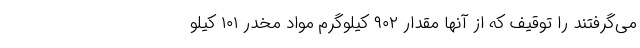
می‌گرفتند را توقیف که از آنها مقدار ۹۰۲ کیلوگرم مواد مخدر ۱۰۱ کیلو